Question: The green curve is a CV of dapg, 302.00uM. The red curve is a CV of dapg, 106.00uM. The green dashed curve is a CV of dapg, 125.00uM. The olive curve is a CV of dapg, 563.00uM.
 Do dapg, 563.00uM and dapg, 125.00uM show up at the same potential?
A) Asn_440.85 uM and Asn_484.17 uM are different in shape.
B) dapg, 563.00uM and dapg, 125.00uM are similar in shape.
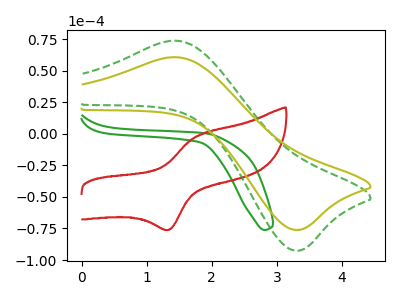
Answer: <think>The green curve "dapg, 302.00uM" has no peaks. The red curve "dapg, 106.00uM" has an anodic peak at (1.75V, -2.15uA) and a cathodic peak at (1.35V, -75.85uA). The green dashed curve "dapg, 125.00uM" has an anodic peak at (1.45V, 73.65uA) and a cathodic peak at (3.35V, -92.50uA). The olive curve "dapg, 563.00uM" has an anodic peak at (1.45V, 60.60uA) and a cathodic peak at (3.35V, -76.10uA).
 All the peaks in "dapg, 563.00uM" have a peak in "dapg, 125.00uM" at the same potential. Every peak in "dapg, 563.00uM" is lower than every peak in "dapg, 125.00uM".</think>
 <answer>B) "dapg, 563.00uM" and "dapg, 125.00uM" are similar in shape.</answer>
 <eval>B</eval>